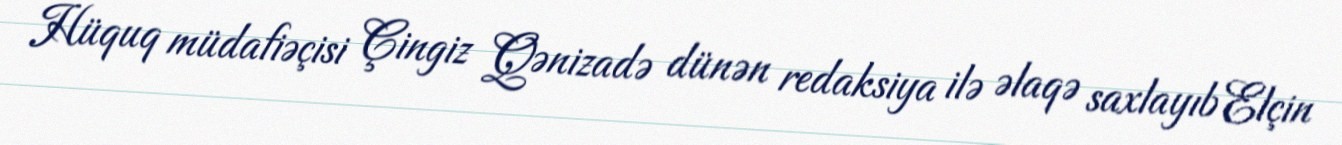
Hüquq müdafiəçisi Çingiz Qənizadə dünən redaksiya ilə əlaqə saxlayıb Elçin